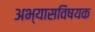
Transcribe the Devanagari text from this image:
अभ्यासविषयक